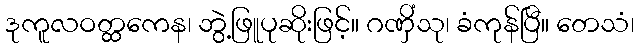
ဒုကူလဝတ္ထကေန၊ ဘွဲ့ဖြူပုဆိုးဖြင့်။ ဂဏှိံသု၊ ခံကုန်ပြီ။ တေသံ၊